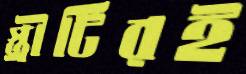
স্ত্রীটিরই